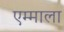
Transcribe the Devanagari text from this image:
एम्माला